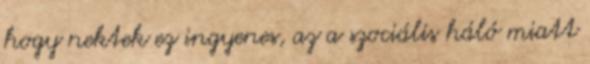
hogy nektek ez ingyenes, az a szociális háló miatt